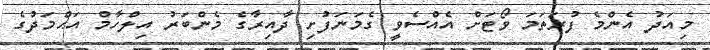
މިއަދު އެންމެ ފުރަތަމަ ވޯޓަށް އެއްސެވީ ގެމަނަފުށި ދާއިރާގެ މެންބަރު އިލްހާމް އަޙްމަދުގެ